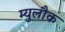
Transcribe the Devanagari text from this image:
म्युलौक